Vaccination Hyderabad 1872-1889 - 1872-1889
Year: 1872
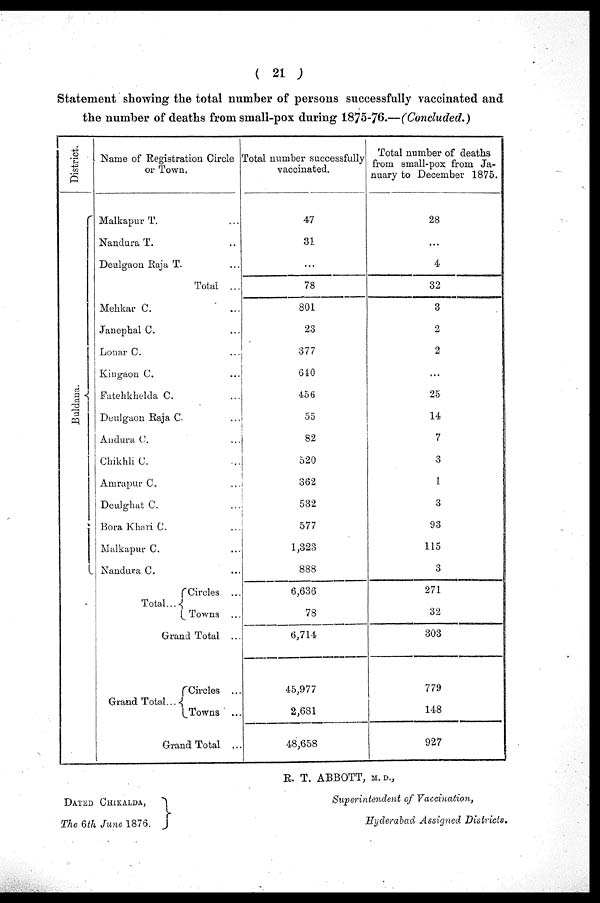
( 21 )
Statement showing the total number of persons successfully vaccinated and
the number of deaths from small-pox during 1875-76.—(Concluded.)
District.
Buldana.
Name of Registration Circle
or Town.
Malkapur T. ...
Nandura T. ...
Deulgaon Raja T. ...
Total ...
Mehkar C.
...
Janephal C. ...
Lonar C. ...
Kingaon C. ...
Fatehkhelda C. ...
Deulgaon Raja C. ...
Audura C. ...
Chikhli C. ...
Amrapur C. ...
Deulghat C. ...
Bora Khari C. ...
Malkapur C. ...
Nandura C. ...
Total...
Circles ...
Towns ...
Grand Total ...
Grand Total...
Circles ...
Towns ...
Grand Total ...
Total number successfully
vaccinated.
47
31
...
78
801
23
377
640
456
55
82
520
362
532
577
1,323
888
6,636
78
6,714
45,977
2,681
48,658
Total number of deaths
from small-pox from Ja-
nuary to December 1875.
28
...
4
32
3
2
2
...
25
14
7
3
1
3
93
115
3
271
32
303
779
148
927
DATED CHIKALDA,
The 6th June 1876.
R. T. ABBOTT, M. D.,
Superintendent of Vaccination,
Hyderabad Assigned Districts.